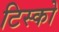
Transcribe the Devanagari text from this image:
टिस्‍को